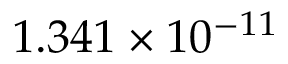
1 . 3 4 1 \times 1 0 ^ { - 1 1 }